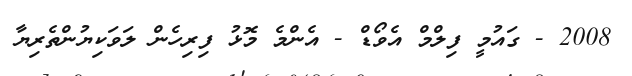
2008 - ގައުމީ ފިލްމް އެވޯޑް - އެންމެ މޮޅު ފިރިހެން ލަވަކިޔުންތެރިޔާ